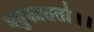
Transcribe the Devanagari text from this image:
भतुकाततो।।